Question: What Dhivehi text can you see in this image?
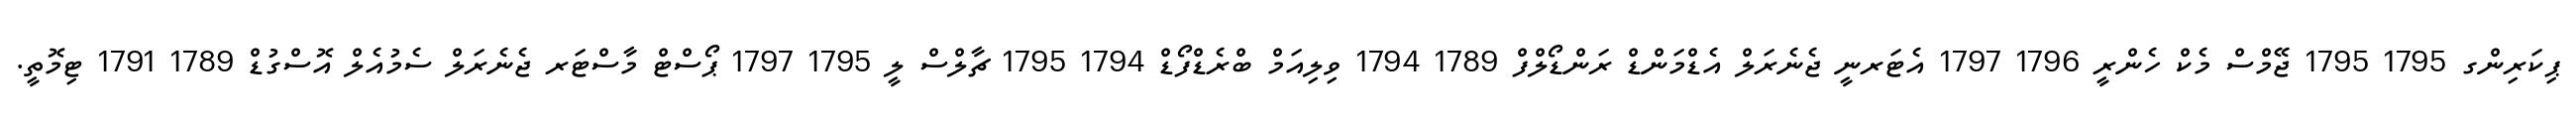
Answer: ޕިކަރިންގ 1795 1795 ޖޭމްސް މެކް ހެންރީ 1796 1797 އެޓަރނީ ޖެނެރަލް އެޑްމަންޑް ރަންޑޯލްފް 1789 1794 ވިލިއަމް ބްރެޑްފޯޑް 1794 1795 ޗާލްސް ލީ 1795 1797 ޕޯސްޓް މާސްޓަރ ޖެނެރަލް ސެމުއެލް އޮސްގުޑް 1789 1791 ޓިމޮތީ.